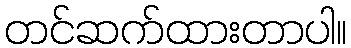
တင်ဆက်ထားတာပါ။